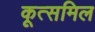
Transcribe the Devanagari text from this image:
कूत्समिल